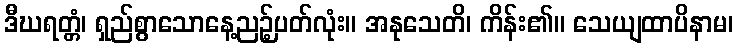
ဒီဃရတ္တံ၊ ရှည်စွာသောနေ့ညဉ့်ပတ်လုံး။ အနုသေတိ၊ ကိန်း၏။ သေယျထာပိနာမ၊